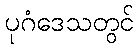
ပုဂံဒေသတွင်